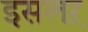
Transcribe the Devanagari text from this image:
इसलऱ़